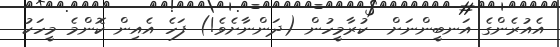
އެއުރެންގެ އަނބީންނަށް  ކުރާމީހުން (ދަންނާށެވެ!) ފަހެ އެއިން ކޮންމެ މީހަކު